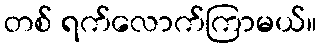
တစ် ရက်လောက်ကြာမယ်။